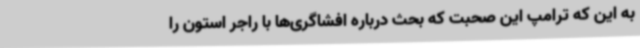
به این که ترامپ این صحبت که بحث درباره افشاگری‌ها با راجر استون را